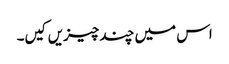
اس میں چند چیزیں کیں۔